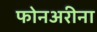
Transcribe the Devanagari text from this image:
फोनअरीना